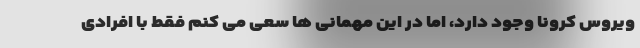
ویروس کرونا وجود دارد، اما در این مهمانی ها سعی می کنم فقط با افرادی